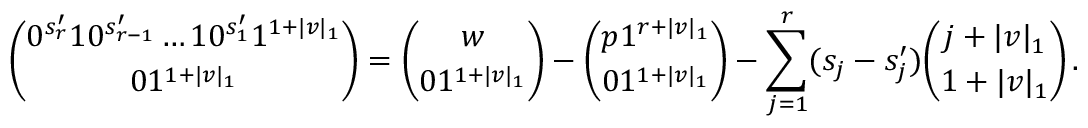
\binom { 0 ^ { s _ { r } ^ { \prime } } 1 0 ^ { s _ { r - 1 } ^ { \prime } } \ldots 1 0 ^ { s _ { 1 } ^ { \prime } } 1 ^ { 1 + | v | _ { 1 } } } { 0 1 ^ { 1 + | v | _ { 1 } } } = \binom { w } { 0 1 ^ { 1 + | v | _ { 1 } } } - \binom { p 1 ^ { r + | v | _ { 1 } } } { 0 1 ^ { 1 + | v | _ { 1 } } } - \sum _ { j = 1 } ^ { r } ( s _ { j } - s _ { j } ^ { \prime } ) \binom { j + | v | _ { 1 } } { 1 + | v | _ { 1 } } \, .